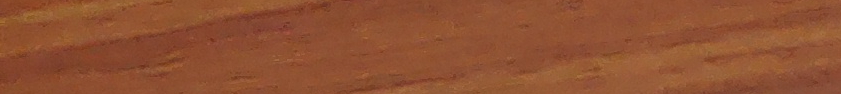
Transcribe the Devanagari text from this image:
विवेक ले अवश्य चरी का